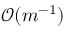
\mathcal { O } ( m ^ { - 1 } )